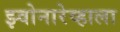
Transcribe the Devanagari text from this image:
झ्वोनारेव्हाला